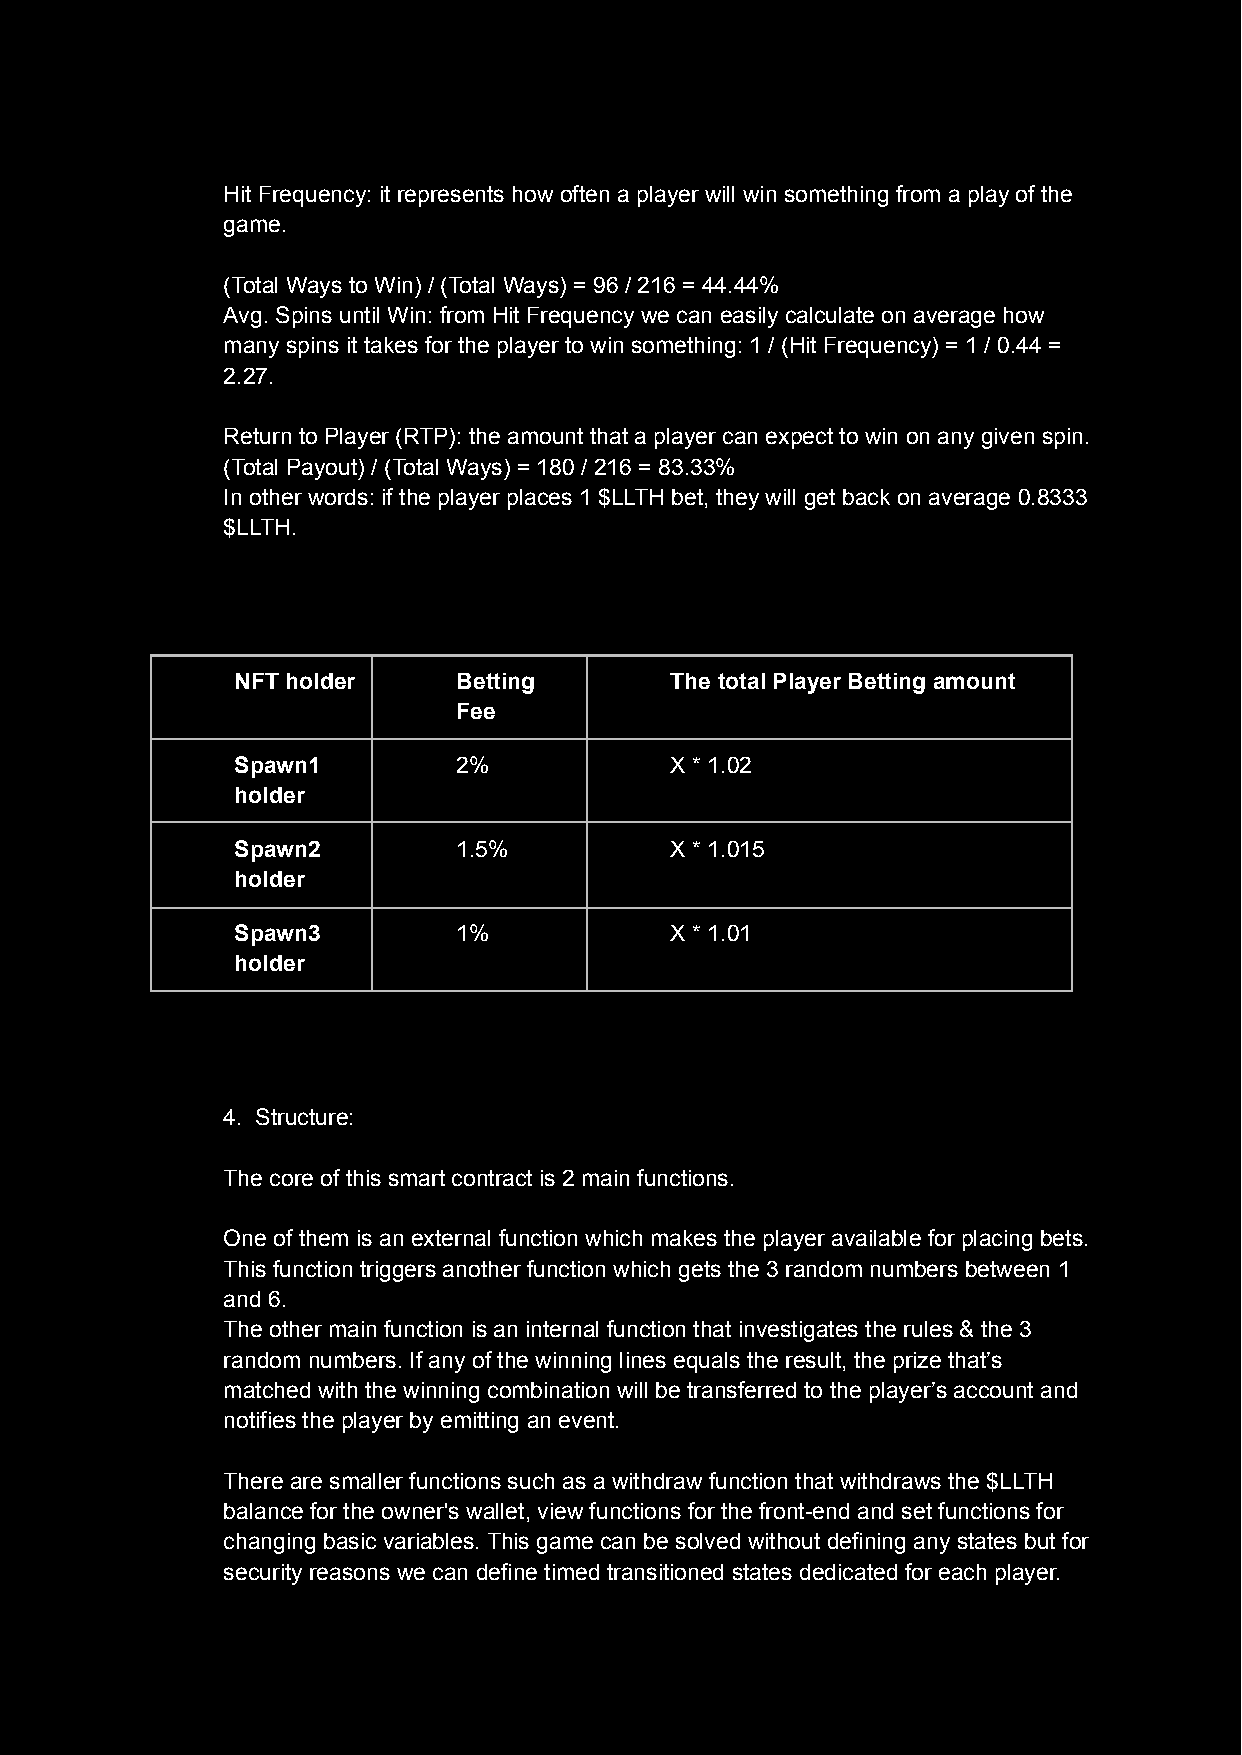
Hit Frequency: it represents how often a player will win something from a play of the
 game.
 (Total Ways to Win) / (Total Ways) = 96 / 216 = 44.44%
 Avg. Spins until Win: from Hit Frequency we can easily calculate on average how
 many spins it takes for the player to win something: 1 / (Hit Frequency) = 1 / 0.44 =
 2.27.
 Return to Player (RTP): the amount that a player can expect to win on any given spin.
 (Total Payout) / (Total Ways) = 180 / 216 = 83.33%
 In other words: if the player places 1 $LLTH bet, they will get back on average 0.8333
 $LLTH.
 NFT holder    Betting       The total Player Betting amount
 Fee
 Spawn1        2%            X * 1.02
 holder
 Spawn2        1.5%          X * 1.015
 holder
 Spawn3        1%            X * 1.01
 holder
 4. Structure:
 The core of this smart contract is 2 main functions.
 One of them is an external function which makes the player available for placing bets.
 This function triggers another function which gets the 3 random numbers between 1
 and 6.
 The other main function is an internal function that investigates the rules & the 3
 random numbers. If any of the winning lines equals the result, the prize that’s
 matched with the winning combination will be transferred to the player’s account and
 notifies the player by emitting an event.
 There are smaller functions such as a withdraw function that withdraws the $LLTH
 balance for the owner's wallet, view functions for the front-end and set functions for
 changing basic variables. This game can be solved without defining any states but for
 security reasons we can define timed transitioned states dedicated for each player.